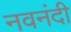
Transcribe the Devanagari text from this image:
नवनंदी